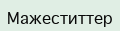
Мажеститтер